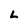
Character: L